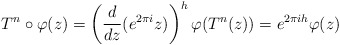
\begin{align*}T^n\circ \varphi(z)=\left(\frac{d}{dz}(e^{2\pi i}z)\right)^h\varphi(T^n(z))=e^{2\pi ih}\varphi(z) \end{align*}